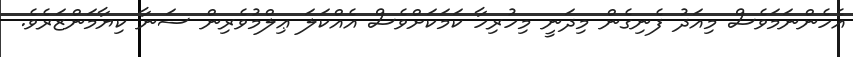
އެހެންނަމަވެސް މިއަދު ފެނިގެން މިދަނީ މިހުރިހާ ކަމަކަށްވެސް އެއްކަލަ ޢިލްމުވެރިން ސަނާ ކިޔާމަންޒަރެވެ.